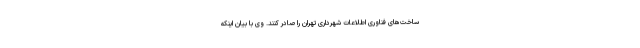
ساخت‌های فناوری اطلاعات شهرداری تهران را صادر کنند. وی با بیان اینکه